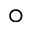
\circ